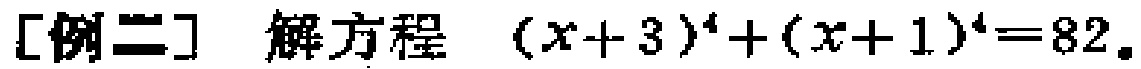
[例二] 解方程 \((x + 3)^4+(x + 1)^4 = 82\)。